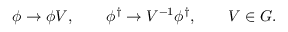
\phi \to \phi V , \qquad \phi ^ { \dag } \to V ^ { - 1 } \phi ^ { \dag } , \qquad V \in G .